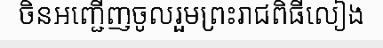
ចិនអញ្ជើញចូលរួមព្រះរាជពិធីលៀង